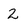
Character: 2